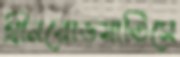
গ্রীনরোডমাতিসে